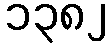
၁၃၈၂